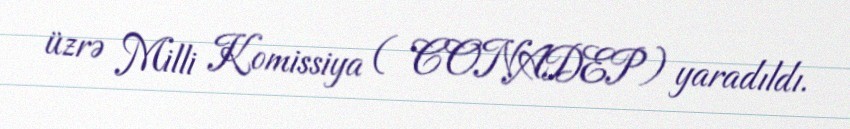
üzrə Milli Komissiya ( CONADEP) yaradıldı.